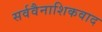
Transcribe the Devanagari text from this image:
सर्ववैनाशिकवाद